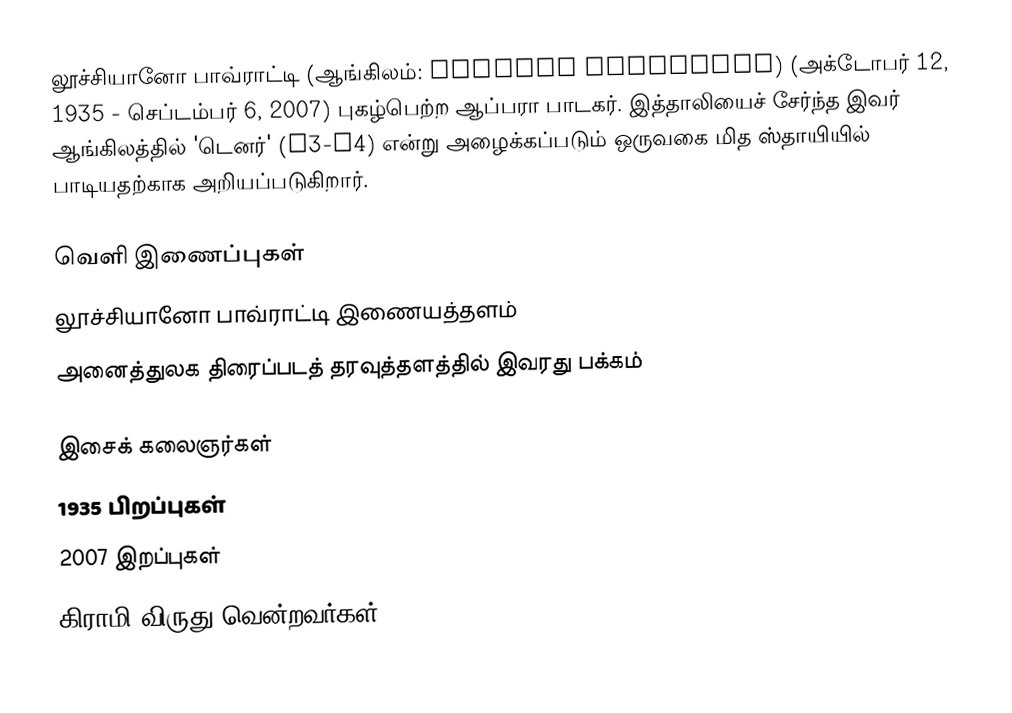
லூச்சியானோ பாவ்ராட்டி (ஆங்கிலம்: Luciano Pavarotti) (அக்டோபர் 12, 1935 - செப்டம்பர் 6, 2007) புகழ்பெற்ற ஆப்பரா பாடகர். இத்தாலியைச் சேர்ந்த இவர் ஆங்கிலத்தில் 'டெனர்' (C3-A4) என்று அழைக்கப்படும் ஒருவகை மித ஸ்தாயியில் பாடியதற்காக அறியப்படுகிறார்.

வெளி இணைப்புகள்
 லூச்சியானோ பாவ்ராட்டி இணையத்தளம்
 அனைத்துலக திரைப்படத் தரவுத்தளத்தில் இவரது பக்கம்

இசைக் கலைஞர்கள்
1935 பிறப்புகள்
2007 இறப்புகள்
கிராமி விருது வென்றவர்கள்